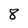
Character: 8